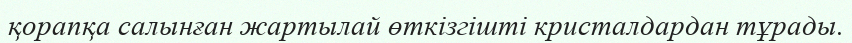
қорапқа салынған жартылай өткізгішті кристалдардан тұрады.